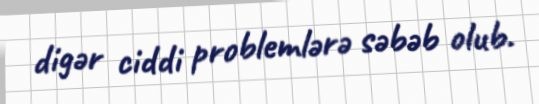
digər ciddi problemlərə səbəb olub.